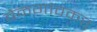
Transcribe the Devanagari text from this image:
बेळगांवकर